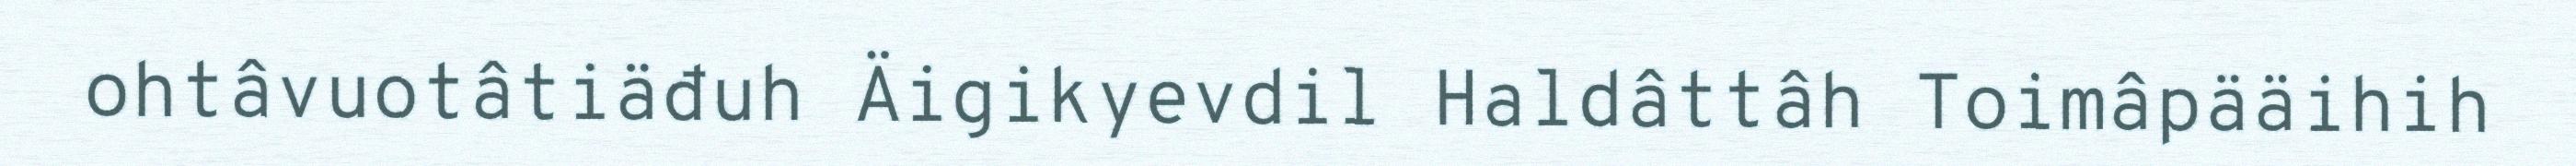
ohtâvuotâtiäđuh Äigikyevdil Haldâttâh Toimâpääihih